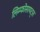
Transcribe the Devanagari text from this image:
लिम्फोसायट्स